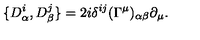
\{ D _ { \alpha } ^ { i } , D _ { \beta } ^ { j } \} = 2 i \delta ^ { i j } ( \Gamma ^ { \mu } ) _ { \alpha \beta } \partial _ { \mu } .